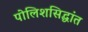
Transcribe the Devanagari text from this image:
पोलिशसिद्धांत